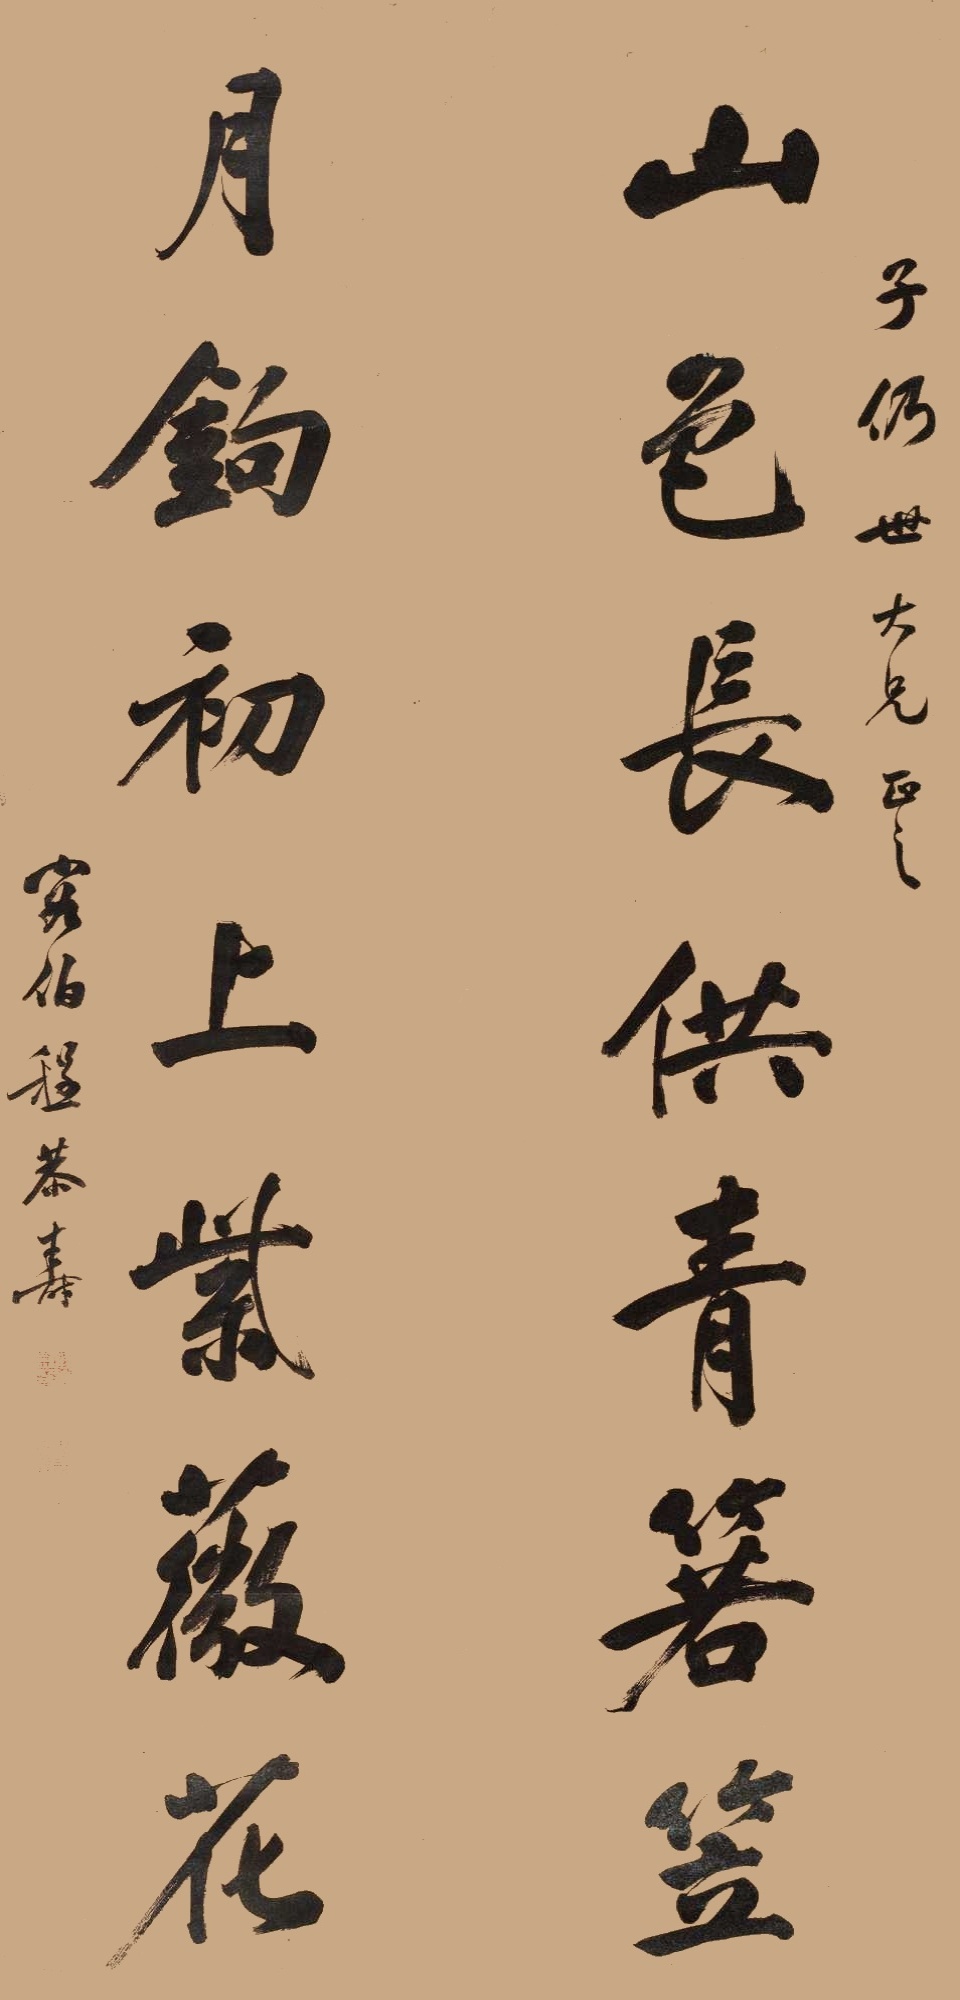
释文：山色长供青箬笠，月钩初上紫薇花。子仍世大兄正之。容伯程恭寿。